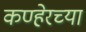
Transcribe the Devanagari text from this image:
कण्हेरच्या